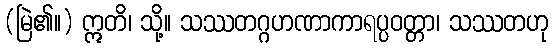
(မြဲ၏။) ဣတိ၊ သို့။ သဿတဂ္ဂဟဏာကာရပ္ပဝတ္တာ၊ သဿတဟု